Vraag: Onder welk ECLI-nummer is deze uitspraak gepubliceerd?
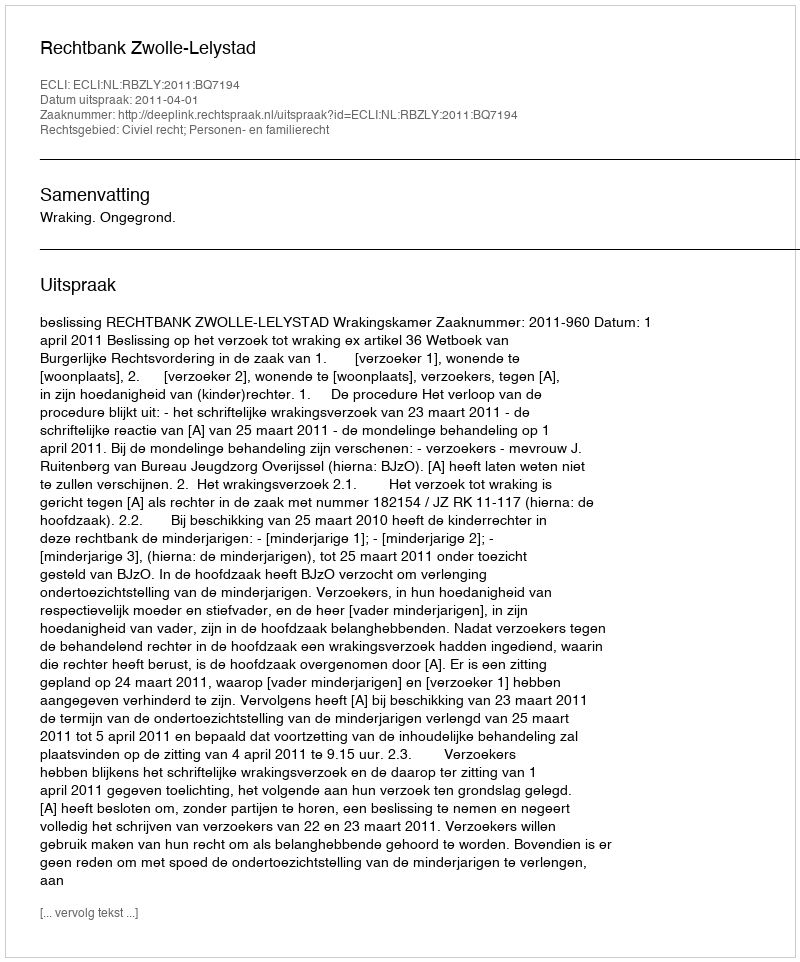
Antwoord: ECLI:NL:RBZLY:2011:BQ7194